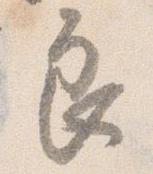
良